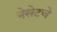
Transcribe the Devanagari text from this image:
नेसेटचे